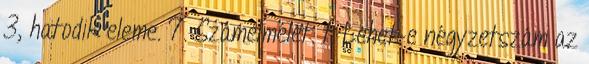
3, hatodik eleme. 7. Számelmélet. 1. Lehet-e négyzetszám az